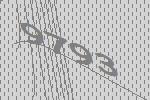
9793